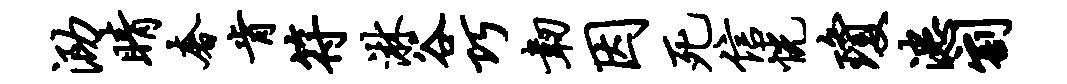
泐睛奢肯符淋谷巧韧因死信恍琼漶割